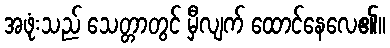
အဖုံးသည် သေတ္တာတွင် မှီလျက် ထောင်နေလေ၏။